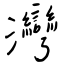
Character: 灣